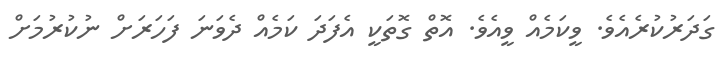
ގަދަރުކުރެއެވެ. ވީކަމެއް ވީއެވެ. އޮތް ގޮތަކީ އެފަދަ ކަމެއް ދެވަނަ ފަހަރަށް ނުކުރުމަށް